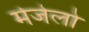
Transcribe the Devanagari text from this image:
मेजेलो